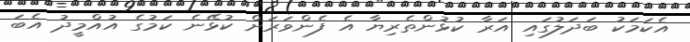
އެކަމަކު ބަދަލުގައި އަރާ ކުޅުންތެރިޔާ އެ ފެންވަރަށް ކުޅޭނެ ކަމުގެ އުއްމީދު އެބަ